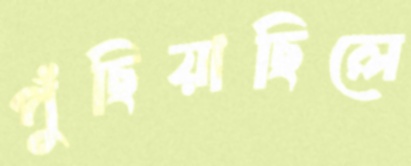
পুঁছিয়াছিলে